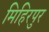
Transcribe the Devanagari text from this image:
मिहिरपुर